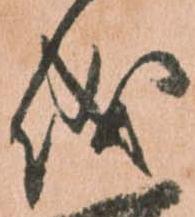
儀